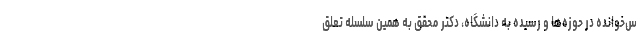
س‌خوانده در حوزه‌ها و رسیده به دانشگاه، دکتر محقق به همین سلسله تعلق